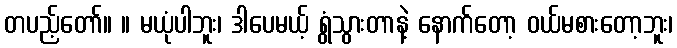
တပည့်တော်။ ။ မယုံပါဘူး၊ ဒါပေမယ့် ရွံသွားတာနဲ့ နောက်တော့ ဝယ်မစားတော့ဘူး၊